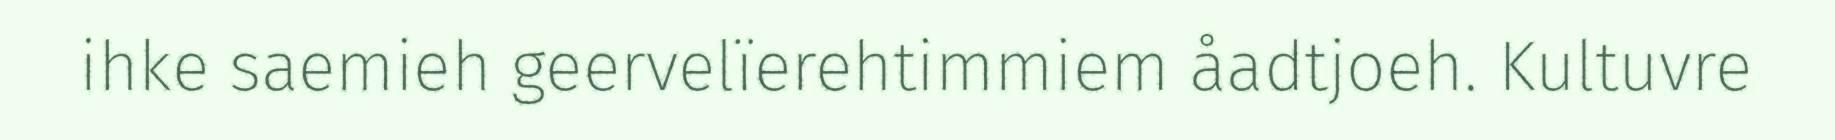
ihke saemieh geervelïerehtimmiem åadtjoeh. Kultuvre